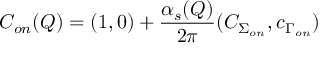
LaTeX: C _ { o n } ( Q ) = ( 1 , 0 ) + { \frac { \alpha _ { s } ( Q ) } { 2 \pi } } ( C _ { \Sigma _ { o n } } , \/ c _ { \Gamma _ { o n } } )